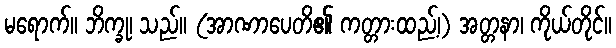
မရောက်။ ဘိက္ခု၊ သည်။ (အာဏာပေတိ၏ ကတ္တားထည့်၊) အတ္တနာ၊ ကိုယ်တိုင်။